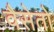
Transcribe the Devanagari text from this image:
वैसेतो